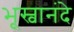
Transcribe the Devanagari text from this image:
भूस्वानंदे